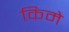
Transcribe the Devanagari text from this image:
किमे